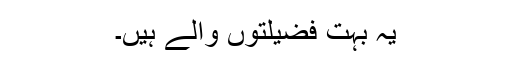
یہ بہت فضیلتوں والے ہیں۔